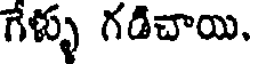
గేళ్ళు గడిచాయి.